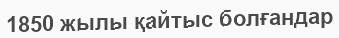
1850 жылы қайтыс болғандар